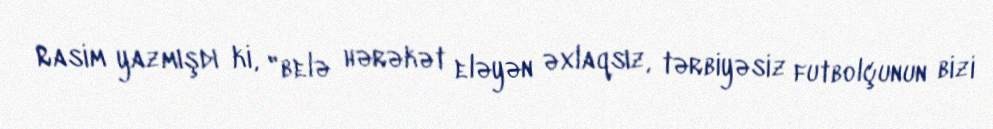
Rasim yazmışdı ki, "belə hərəkət eləyən əxlaqsız, tərbiyəsiz futbolçunun bizi